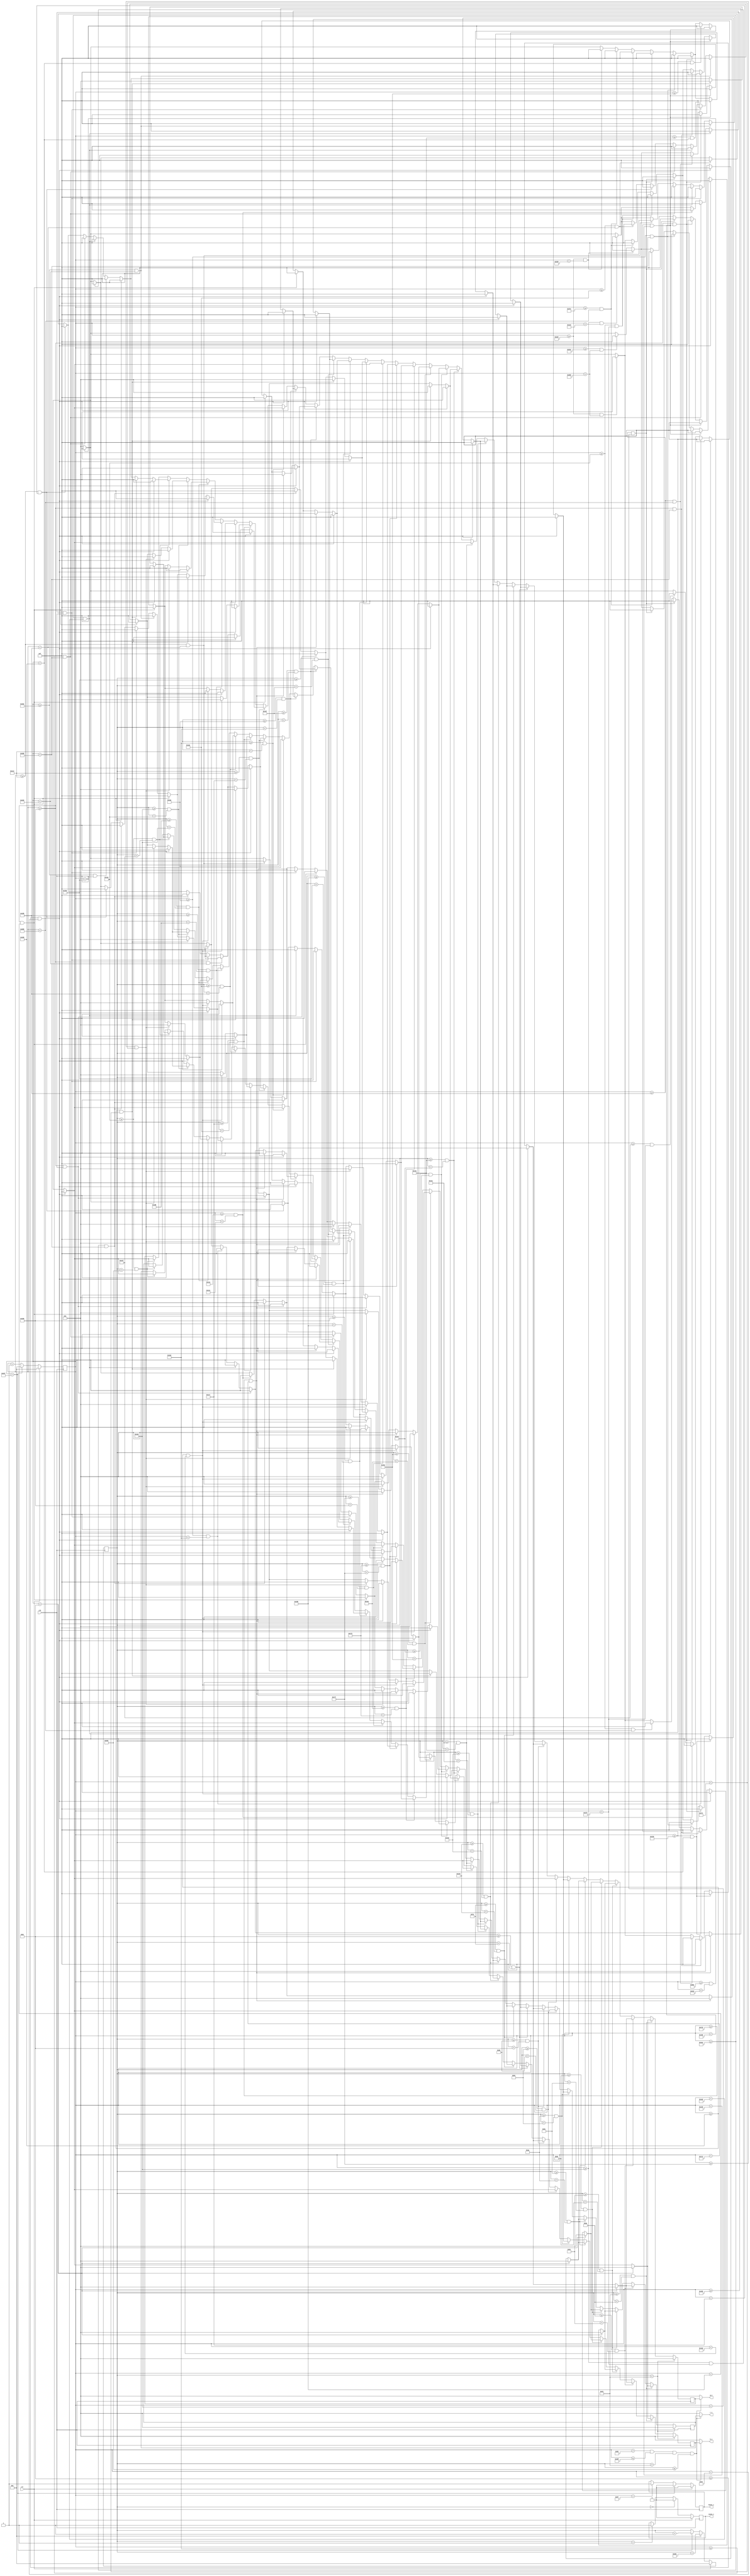
`timescale 1ns / 1ps
//////////////////////////////////////////////////////////////////////////////////
// Company: 
// Engineer: 
// 
// Design Name: 
// Module Name: vga_interface
// Project Name: 
// Target Devices: 
// Tool Versions: 
// Description: 
// 
// Dependencies: 
// 
// Revision:
// Revision 0.01 - File Created
// Additional Comments:
// 
//////////////////////////////////////////////////////////////////////////////////


module vga_interface(
input clk,clr,
output reg hsync_i,vsync_i,
output [3:0] r_i,g_i,b_i
);

reg[9:0]xsync_i,ysync_i;
reg [3:0] r_r,g_r,b_r;
wire vidon;

always @(posedge clk) 
    begin
    if (clr) begin  
      xsync_i <= 10'd0;
    end
    else if (xsync_i == 10'd799) begin
      xsync_i <= 10'd0;
    end
    else begin
      xsync_i <= xsync_i + 1;
    end
  end

always @(posedge clk ) 
  begin
    if (clr) begin
      ysync_i <= 10'd0;
    end
    else if (ysync_i == 10'd524) begin
      ysync_i <= 10'd0;
    end
    else if (xsync_i == 10'd799) begin
      ysync_i <= ysync_i + 1;
    end
  end

  always @(posedge clk ) begin
    if (clr) begin
      hsync_i <= 1'b0;
    end
    else if (xsync_i == 799) begin
      hsync_i <=1'b0;
    end
    else if (xsync_i == 95) begin
      hsync_i <= 1'b1;
    end
  end

always @(posedge clk ) begin
    if (clr) begin
      vsync_i <= 1'b0;
    end
    else if (ysync_i == 0) begin
      vsync_i <=1'b0;
    end
    else if (ysync_i == 1) begin
      vsync_i <= 1'b1;
    end
  end

assign vidon = (xsync_i > 143) && (xsync_i < 784) && (ysync_i > 34) && (ysync_i < 515);

always @ (posedge clk)
		begin
			if (ysync_i < 35)
		      begin
		          r_r <= 4'h0;   
			  b_r <= 4'h0;
			  g_r <= 4'h0;
		      end
		 else if (ysync_i >= 35 && ysync_i < 90)
		 	begin
		        	if (xsync_i < 220)
			  		begin 
						r_r <= 4'h0;    
						b_r <= 4'h0;
						g_r <= 4'h0;
					end  
		          	else if(xsync_i >= 220 && xsync_i < 230)
		                	begin
		                  		r_r <= 4'hf;   
						b_r <= 4'hf;
			  	        	g_r <= 4'hf;
					end
			   	else if(xsync_i >= 700 && xsync_i < 710)
			        	begin
				        	r_r <= 4'hf;   
						b_r <= 4'hf;
						g_r <= 4'hf;
		 			end
			   	else 
					begin 
						r_r <= 4'h0;   
						b_r <= 4'h0;
						g_r <= 4'h0;
					end		   
			 	end
			 
			 
		   else if (ysync_i >= 90 && ysync_i < 100)
			begin 
			    	if (xsync_i < 220)
					begin 
						r_r <= 4'h0;    
						b_r <= 4'h0;
						g_r <= 4'h0;
					end  
                   		else if(xsync_i >= 220 && xsync_i < 230)
		              	   begin
		                  	r_r <= 4'hf;   
					      	b_r <= 4'hf;
					      	g_r <= 4'hf;
					end
				else if (xsync_i >= 310 && xsync_i < 360)
					begin 
						r_r <= 4'hf;   
						b_r <= 4'hf;
						g_r <= 4'hf;
					end
				else if (xsync_i >= 390 && xsync_i < 440)
					begin 
						r_r <= 4'hf;   
						b_r <= 4'hf;
						g_r <= 4'hf;
					end
				else if (xsync_i >= 470 && xsync_i < 520)
					begin 
						r_r <= 4'hf;   
						b_r <= 4'hf;
						g_r <= 4'hf;
					end 	
				else if (xsync_i >= 550 && xsync_i < 600)
					begin 
						r_r <= 4'hf;   
						b_r <= 4'hf;
						g_r <= 4'hf;
					end 	
				else if(xsync_i >= 700 && xsync_i < 710)
				      	begin
				        	r_r <= 4'hf;   
					  	b_r <= 4'hf;
					   	g_r <= 4'hf;
					end
				else 
					begin 
						r_r <= 4'h0;   
						b_r <= 4'h0;
						g_r <= 4'h0;
					end	
				end  
					
		else if (ysync_i >= 100 && ysync_i < 130)
			begin 
				 if (xsync_i < 220)
					begin 
						r_r <= 4'h0;    
						b_r <= 4'h0;
						g_r <= 4'h0;
					end  
				else if(xsync_i >= 220 && xsync_i < 230)
		              		begin
		                  		r_r <= 4'hf;   
					  	b_r <= 4'hf;
					  	g_r <= 4'hf;
					end
				else if (xsync_i >= 310 && xsync_i < 320)
					begin 
						r_r <= 4'hf;   
						b_r <= 4'hf;
						g_r <= 4'hf;
					end 
				else if (xsync_i >= 390 && xsync_i < 400)
					begin 
						r_r <= 4'hf;   
						b_r <= 4'hf;
						g_r <= 4'hf;
					end
				else if (xsync_i >= 430 && xsync_i < 440)
					begin 
						r_r <= 4'hf;   
						b_r <= 4'hf;
						g_r <= 4'hf;
					end				
				else if (xsync_i >= 470 && xsync_i < 480)
					begin 
						r_r <= 4'hf;   
						b_r <= 4'hf;
						g_r <= 4'hf;
					end 
				else if (xsync_i >= 550 && xsync_i < 560)
					begin 
						r_r <= 4'hf;  
						b_r <= 4'hf;
						g_r <= 4'hf;
					end 	
				else if (xsync_i >= 590 && xsync_i < 600)
					begin 
						r_r <= 4'hf;   
						b_r <= 4'hf;
						g_r <= 4'hf;
					end 	
				else if(xsync_i >= 700 && xsync_i < 710)
				      	begin
				        	r_r <= 4'hf;   
					   	b_r <= 4'hf;
					   	g_r <= 4'hf;
					end
				else 
					begin 
						r_r <= 4'h0;   
						b_r <= 4'h0;
						g_r <= 4'h0;
					end
				end
					
		else if (ysync_i >= 130 && ysync_i < 140)
			begin 
				if (xsync_i < 220)
					begin 
						r_r <= 4'h0;    
						b_r <= 4'h0;
						g_r <= 4'h0;
					end  
				else if(xsync_i >= 220 && xsync_i < 230)
		              		begin
		                  		r_r <= 4'hf;   
					      	b_r <= 4'hf;
					      	g_r <= 4'hf;
					end
				else if (xsync_i >= 310 && xsync_i < 360)
					begin 
						r_r <= 4'hf;   
						b_r <= 4'hf;
						g_r <= 4'hf;
					end
				else if (xsync_i >= 390 && xsync_i < 440)
					begin 
						r_r <= 4'hf;   
						b_r <= 4'hf;
						g_r <= 4'hf;
					end
				else if (xsync_i >= 470 && xsync_i < 480)
					begin 
						r_r <= 4'hf;   
						b_r <= 4'hf;
						g_r <= 4'hf;
					end	
				else if (xsync_i >= 490 && xsync_i < 520)
					begin 
						r_r <= 4'hf;   
						b_r <= 4'hf;
						g_r <= 4'hf;
					end	
				else if (xsync_i >= 550 && xsync_i < 600)
					begin 
						r_r <= 4'hf;   
						b_r <= 4'hf;
						g_r <= 4'hf;
					end 
				else if(xsync_i >= 700 && xsync_i < 710)
				      	begin
				        	r_r <= 4'hf;   
					  	b_r <= 4'hf;
					   	g_r <= 4'hf;
					end	
				else 
					begin 
						r_r <= 4'h0;   
						b_r <= 4'h0;
						g_r <= 4'h0;
					end
				end
			  
		else if (ysync_i >= 140 && ysync_i < 170)
			begin 
				if (xsync_i < 220)
					begin 
						r_r <= 4'h0;    
						b_r <= 4'h0;
						g_r <= 4'h0;
					end  
				else if(xsync_i >= 220 && xsync_i < 230)
		              		begin
		                  		r_r <= 4'hf;   
					      	b_r <= 4'hf;
					      	g_r <= 4'hf;
					end
				else if (xsync_i >= 310 && xsync_i < 320)
					begin 
						r_r <= 4'hf;   
						b_r <= 4'hf;
						g_r <= 4'hf;
					end 
				else if (xsync_i >= 390 && xsync_i < 400)
					begin 
						r_r <= 4'hf;   
						b_r <= 4'hf;
						g_r <= 4'hf;
					end	
				else if (xsync_i >= 470 && xsync_i < 480)
					begin 
						r_r <= 4'hf;   
						b_r <= 4'hf;
						g_r <= 4'hf;
					end 
				else if (xsync_i >= 510 && xsync_i < 520)
					begin 
						r_r <= 4'hf;   
						b_r <= 4'hf;
						g_r <= 4'hf;
					end 
				else if (xsync_i >= 550 && xsync_i < 560)
					begin 
						r_r <= 4'hf;   
						b_r <= 4'hf;
						g_r <= 4'hf;
					end 	
				else if (xsync_i >= 590 && xsync_i < 600)
					begin 
						r_r <= 4'hf;   
						b_r <= 4'hf;
						g_r <= 4'hf;
					end	
				else if(xsync_i >= 700 && xsync_i < 710)
				      	begin
				        	r_r <= 4'hf;   
					   	b_r <= 4'hf;
					   	g_r <= 4'hf;
					end
				else 
					begin 
						r_r <= 4'h0;   
						b_r <= 4'h0;
						g_r <= 4'h0;
					end	
				end

		else if (ysync_i >= 170 && ysync_i < 180)
			begin
				if(xsync_i >= 220 && xsync_i < 230)
		                   	begin
		                     r_r <= 4'hf;   
					        b_r <= 4'hf;
					        g_r <= 4'hf;
					end
				else if (xsync_i >= 310 && xsync_i < 320)
					begin 
						r_r <= 4'hf;   
						b_r <= 4'hf;
						g_r <= 4'hf;
					end 
				else if (xsync_i >= 390 && xsync_i < 400)
					begin 
						r_r <= 4'hf;   
						b_r <= 4'hf;
						g_r <= 4'hf;
					end
			    else if(xsync_i >= 470 && xsync_i < 520)
				        begin 
						r_r <= 4'hf;   
						b_r <= 4'hf;
						g_r <= 4'hf;
					end 	
				else if (xsync_i >= 550 && xsync_i < 560)
					begin 
						r_r <= 4'hf;  
						b_r <= 4'hf;
						g_r <= 4'hf;
					end 	
				else if (xsync_i >= 590 && xsync_i < 600)
					begin 
						r_r <= 4'hf;   
						b_r <= 4'hf;
						g_r <= 4'hf;
					end 	
				 
				else if(xsync_i >= 700 && xsync_i < 710)
				      	begin
				        	r_r <= 4'hf;   
					   	b_r <= 4'hf;
					   	g_r <= 4'hf;
					end
				else 
					begin 
						r_r <= 4'h0;   
						b_r <= 4'h0;
						g_r <= 4'h0;
					end	
				end
				
		else if (ysync_i >= 180 && ysync_i < 210)
			begin
				if(xsync_i >= 220 && xsync_i < 230)
		              		begin
		                  		r_r <= 4'hf;   
						b_r <= 4'hf;
						g_r <= 4'hf;
					end
				else if(xsync_i >= 700 && xsync_i < 710)
				      	begin
				        	r_r <= 4'hf;   
					   	b_r <= 4'hf;
					   	g_r <= 4'hf;
					end
				else 
					begin 
						r_r <= 4'h0;   
						b_r <= 4'h0;
						g_r <= 4'h0;
					end	
				end
					
					
		else if (ysync_i >= 210 && ysync_i < 220)
			begin 
				if(xsync_i >= 220 && xsync_i < 230)
		              		begin
		                  		r_r <= 4'hf;   
					      	b_r <= 4'hf;
					      	g_r <= 4'hf;
					end
				else if (xsync_i >= 310 && xsync_i < 360)
					begin 
						r_r <= 4'hf;   
						b_r <= 4'hf;
						g_r <= 4'hf;
					end
				else if (xsync_i >= 390 && xsync_i < 440)
					begin 
						r_r <= 4'hf;   
						b_r <= 4'hf;
						g_r <= 4'hf;
					end 	
				else if (xsync_i >= 470 && xsync_i < 520)
					begin 
						r_r <= 4'hf;   
						b_r <= 4'hf;
						g_r <= 4'hf;
					end 
				else if (xsync_i >= 550 && xsync_i < 600)
					begin 
						r_r <= 4'hf;   
						b_r <= 4'hf;
						g_r <= 4'hf;
					end 
				else if(xsync_i >= 700 && xsync_i < 710)
				      	begin
				        	r_r <= 4'hf;   
					   	b_r <= 4'hf;
					   	g_r <= 4'hf;
					end	
				else 
					begin 
						r_r <= 4'h0;   
						b_r <= 4'h0;
						g_r <= 4'h0;
					end	
				end
  
		else if (ysync_i >= 220 && ysync_i < 250)
			begin 
				if(xsync_i >= 220 && xsync_i < 230)
		              		begin
		                  		r_r <= 4'hf;   
					      	b_r <= 4'hf;
					      	g_r <= 4'hf;
					end
				else if (xsync_i >= 310 && xsync_i < 320)
					begin 
						r_r <= 4'hf;   
						b_r <= 4'hf;
						g_r <= 4'hf;
					end 
				else if (xsync_i >= 390 && xsync_i < 400)
					begin 
						r_r <= 4'hf;   
						b_r <= 4'hf;
						g_r <= 4'hf;
					end		
				else if (xsync_i >= 430 && xsync_i < 440)
					begin 
						r_r <= 4'hf;   
						b_r <= 4'hf;
						g_r <= 4'hf;
					end 
				else if (xsync_i >= 470 && xsync_i < 480)
					begin 
						r_r <= 4'hf;   
						b_r <= 4'hf;
						g_r <= 4'hf;
					end	 
				else if (xsync_i >= 490 && xsync_i < 500)
					begin 
						r_r <= 4'hf;   
						b_r <= 4'hf;
						g_r <= 4'hf;
					end	
				else if (xsync_i >= 510 && xsync_i < 520)
					begin 
						r_r <= 4'hf;   
						b_r <= 4'hf;
						g_r <= 4'hf;
					end		
				else if (xsync_i >= 550 && xsync_i < 560)
					begin 
						r_r <= 4'hf;   
						b_r <= 4'hf;
						g_r <= 4'hf;
					end 
				else if(xsync_i >= 700 && xsync_i < 710)
					begin
				        	r_r <= 4'hf;   
					   	b_r <= 4'hf;
					   	g_r <= 4'hf;
					end	
				else 
					begin 
						r_r <= 4'h0;   
						b_r <= 4'h0;
						g_r <= 4'h0;
					end	
				end
					
		else if (ysync_i >= 250 && ysync_i < 260)
			begin 
				if(xsync_i >= 220 && xsync_i < 230)
		              		begin
		                  		r_r <= 4'hf;   
					      	b_r <= 4'hf;
					      	g_r <= 4'hf;
					end
				else if (xsync_i >= 310 && xsync_i < 320)
					begin 
						r_r <= 4'hf;   
						b_r <= 4'hf;
						g_r <= 4'hf;
					end
				else if (xsync_i >= 330 && xsync_i < 360)
					begin 
						r_r <= 4'hf;   
						b_r <= 4'hf;
						g_r <= 4'hf;
					end	
				else if (xsync_i >= 390 && xsync_i < 440)
					begin 
						r_r <= 4'hf;   
						b_r <= 4'hf;
						g_r <= 4'hf;
					end
				else if (xsync_i >= 470 && xsync_i < 480)
					begin 
						r_r <= 4'hf;   
						b_r <= 4'hf;
						g_r <= 4'hf;
					end
				else if (xsync_i >= 490 && xsync_i < 500)
					begin 
						r_r <= 4'hf;   
						b_r <= 4'hf;
						g_r <= 4'hf;
					end	
				else if (xsync_i >= 510 && xsync_i < 520)
					begin 
						r_r <= 4'hf;   
						b_r <= 4'hf;
						g_r <= 4'hf;
					end	
				else if (xsync_i >= 550 && xsync_i < 600)
					begin 
						r_r <= 4'hf;   
						b_r <= 4'hf;
						g_r <= 4'hf;
					end 	
				else if(xsync_i >= 700 && xsync_i < 710)
				      	begin
				        	r_r <= 4'hf;   
					   	b_r <= 4'hf;
					   	g_r <= 4'hf;
					end
				else 
					begin 
						r_r <= 4'h0;   
						b_r <= 4'h0;
						g_r <= 4'h0;
					end
				end
			  
		else if (ysync_i >= 260 && ysync_i < 290)
			begin 
				if(xsync_i >= 220 && xsync_i < 230)
		              		begin
		                  		r_r <= 4'hf;   
					      	b_r <= 4'hf;
					      	g_r <= 4'hf;
					end
				else if (xsync_i >= 310 && xsync_i < 320)
					begin 
						r_r <= 4'hf;   
						b_r <= 4'hf;
						g_r <= 4'hf;
					end 
				else if (xsync_i >= 350 && xsync_i < 360)
					begin 
						r_r <= 4'hf;   
						b_r <= 4'hf;
						g_r <= 4'hf;
					end 	
				else if (xsync_i >= 390 && xsync_i < 400)
					begin 
						r_r <= 4'hf;   
						b_r <= 4'hf;
						g_r <= 4'hf;
					end	
				else if (xsync_i >= 430 && xsync_i < 440)
					begin 
						r_r <= 4'hf;   
						b_r <= 4'hf;
						g_r <= 4'hf;
					end		
				else if (xsync_i >= 470 && xsync_i < 480)
					begin 
						r_r <= 4'hf;   
						b_r <= 4'hf;
						g_r <= 4'hf;
					end
				else if (xsync_i >= 490 && xsync_i < 500)
					begin 
						r_r <= 4'hf;   
						b_r <= 4'hf;
						g_r <= 4'hf;
					end	
				else if (xsync_i >= 510 && xsync_i < 520)
					begin 
						r_r <= 4'hf;   
						b_r <= 4'hf;
						g_r <= 4'hf;
					end				
				else if (xsync_i >= 550 && xsync_i < 560)
					begin 
						r_r <= 4'hf;   
						b_r <= 4'hf;
						g_r <= 4'hf;
					end 
				else if(xsync_i >= 700 && xsync_i < 710)
				      	begin
				        	r_r <= 4'hf;   
					    	b_r <= 4'hf;
					    	g_r <= 4'hf;
					end
				else 
					begin 
						r_r <= 4'h0;   
						b_r <= 4'h0;
						g_r <= 4'h0;
					end	
				end
					
		else if (ysync_i >= 290 && ysync_i < 300)
			begin
				if(xsync_i >= 220 && xsync_i < 230)
		              		begin
		                  		r_r <= 4'hf;   
					      	b_r <= 4'hf;
					      	g_r <= 4'hf;
					end
				else if(xsync_i >= 310 && xsync_i < 360)
				        begin 
						r_r <= 4'hf;   
						b_r <= 4'hf;
						g_r <= 4'hf;
					end 
				else if(xsync_i >= 390 && xsync_i < 400)
				        begin 
						r_r <= 4'hf;   
						b_r <= 4'hf;
						g_r <= 4'hf;
					end
				else if(xsync_i >= 430 && xsync_i < 440)
				        begin 
						r_r <= 4'hf;   
						b_r <= 4'hf;
						g_r <= 4'hf;
					end
				else if(xsync_i >= 470 && xsync_i < 480)
				        begin 
						r_r <= 4'hf;   
						b_r <= 4'hf;
						g_r <= 4'hf;
					end
				else if(xsync_i >= 490 && xsync_i < 500)
				        begin 
						r_r <= 4'hf;   
						b_r <= 4'hf;
						g_r <= 4'hf;
					end
				else if(xsync_i >= 510 && xsync_i < 520)
				        begin 
						r_r <= 4'hf;   
						b_r <= 4'hf;
						g_r <= 4'hf;
					end
				else if(xsync_i >= 550 && xsync_i < 600)
				        begin 
						r_r <= 4'hf;   
						b_r <= 4'hf;
						g_r <= 4'hf;
					end
				else if(xsync_i >= 700 && xsync_i < 710)
				      	begin
				        	r_r <= 4'hf;   
					    	b_r <= 4'hf;
					    	g_r <= 4'hf;
					end
				else 
					begin 
						r_r <= 4'h0;   
						b_r <= 4'h0;
						g_r <= 4'h0;
					end	
				end  
		
		else if (ysync_i >= 300 && ysync_i < 330)
			begin
			      if(xsync_i >= 220 && xsync_i < 230)
		              		begin
		                  		r_r <= 4'hf;   
					      	b_r <= 4'hf;
					      	g_r <= 4'hf;
					end
				   else if(xsync_i >= 700 && xsync_i < 710)
				      	begin
				        	r_r <= 4'hf;   
					    	b_r <= 4'hf;
					    	g_r <= 4'hf;
					end
				else 
					begin 
						r_r <= 4'h0;   
						b_r <= 4'h0;
						g_r <= 4'h0;
					end	
				end	
					
		else if (ysync_i >= 330 && ysync_i < 335)
			begin
			     if(xsync_i >= 220 && xsync_i < 230)
		              		begin
		                  		r_r <= 4'hf;   
					      	b_r <= 4'hf;
					      	g_r <= 4'hf;
					end
				else if(xsync_i >= 360 && xsync_i < 380)
		              		begin
		                  	r_r <= 4'hf;   
					      	b_r <= 4'h0;
					      	g_r <= 4'h0;
					end
				else if(xsync_i >= 390 && xsync_i < 410)
				        begin 
						r_r <= 4'hf;   
						b_r <= 4'hf;
						g_r <= 4'hf;
					end 
				else if(xsync_i >= 420 && xsync_i < 440)
				        begin 
						r_r <= 4'hf;   
						b_r <= 4'hf;
						g_r <= 4'hf;
					end
				else if(xsync_i >= 450 && xsync_i < 470)
				        begin 
						r_r <= 4'hf;   
						b_r <= 4'hf;
						g_r <= 4'hf;
					end
				else if(xsync_i >= 700 && xsync_i < 710)
				      	begin
				        	r_r <= 4'hf;   
					    	b_r <= 4'hf;
					    	g_r <= 4'hf;
					end
				else 
					begin 
						r_r <= 4'h0;   
						b_r <= 4'h0;
						g_r <= 4'h0;
					end	
				end  	
		
		else if (ysync_i >= 335 && ysync_i < 350)
			begin
			      if(xsync_i >= 220 && xsync_i < 230)
		              		begin
		                  		r_r <= 4'hf;   
					      	b_r <= 4'hf;
					      	g_r <= 4'hf;
					end
				else if(xsync_i >= 360 && xsync_i < 365)
		              		begin
		                  	r_r <= 4'hf;   
					      	b_r <= 4'h0;
					      	g_r <= 4'h0;
					end
				else if(xsync_i >= 368 && xsync_i < 372)
				        begin 
						r_r <= 4'hf;   
						b_r <= 4'h0;
						g_r <= 4'h0;
					end 
				else if(xsync_i >= 375 && xsync_i < 380)
				        begin 
						r_r <= 4'hf;   
						b_r <= 4'h0;
						g_r <= 4'h0;
					end
				else if(xsync_i >= 390 && xsync_i < 395)
				        begin 
						r_r <= 4'hf;   
						b_r <= 4'hf;
						g_r <= 4'hf;
					end
				else if(xsync_i >= 405 && xsync_i < 410)
				        begin 
						r_r <= 4'hf;   
						b_r <= 4'hf;
						g_r <= 4'hf;
					end
				else if(xsync_i >= 435 && xsync_i < 440)
				        begin 
						r_r <= 4'hf;   
						b_r <= 4'hf;
						g_r <= 4'hf;
					end
				else if(xsync_i >= 450 && xsync_i < 455)
				        begin 
						r_r <= 4'hf;   
						b_r <= 4'hf;
						g_r <= 4'hf;
					end
				else if(xsync_i >= 700 && xsync_i < 710)
				      	begin
				        	r_r <= 4'hf;   
					    	b_r <= 4'hf;
					    	g_r <= 4'hf;
					end
				else 
					begin 
						r_r <= 4'h0;   
						b_r <= 4'h0;
						g_r <= 4'h0;
					end	
				end  	
		
				else if (ysync_i >= 350 && ysync_i < 355)
			begin
			      if(xsync_i >= 220 && xsync_i < 230)
		              		begin
		                  		r_r <= 4'hf;   
					      	b_r <= 4'hf;
					      	g_r <= 4'hf;
					end
				else if(xsync_i >= 360 && xsync_i < 365)
		              		begin
		                  	r_r <= 4'hf;   
					      	b_r <= 4'h0;
					      	g_r <= 4'h0;
					end
				else if(xsync_i >= 368 && xsync_i < 372)
				        begin 
						r_r <= 4'hf;   
						b_r <= 4'h0;
						g_r <= 4'h0;
					end 
				else if(xsync_i >= 375 && xsync_i < 380)
				        begin 
						r_r <= 4'hf;   
						b_r <= 4'h0;
						g_r <= 4'h0;
					end
				else if(xsync_i >= 390 && xsync_i < 410)
				        begin 
						r_r <= 4'hf;   
						b_r <= 4'hf;
						g_r <= 4'hf;
					end
				else if(xsync_i >= 420 && xsync_i < 440)
				        begin 
						r_r <= 4'hf;   
						b_r <= 4'hf;
						g_r <= 4'hf;
					end
				else if(xsync_i >= 450 && xsync_i < 470)
				        begin 
						r_r <= 4'hf;   
						b_r <= 4'hf;
						g_r <= 4'hf;
					end
				else if(xsync_i >= 700 && xsync_i < 710)
				      	begin
				        	r_r <= 4'hf;   
					    	b_r <= 4'hf;
					    	g_r <= 4'hf;
					end
				else 
					begin 
						r_r <= 4'h0;   
						b_r <= 4'h0;
						g_r <= 4'h0;
					end	
				end  	
		
				else if (ysync_i >= 355 && ysync_i < 370)
			begin
			      if(xsync_i >= 220 && xsync_i < 230)
		              		begin
		                  		r_r <= 4'hf;   
					      	b_r <= 4'hf;
					      	g_r <= 4'hf;
					end
				else if(xsync_i >= 360 && xsync_i < 365)
		              		begin
		                  	r_r <= 4'hf;   
					      	b_r <= 4'h0;
					      	g_r <= 4'h0;
					end
				else if(xsync_i >= 368 && xsync_i < 372)
				        begin 
						r_r <= 4'hf;   
						b_r <= 4'h0;
						g_r <= 4'h0;
					end 
				else if(xsync_i >= 375 && xsync_i < 380)
				        begin 
						r_r <= 4'hf;   
						b_r <= 4'h0;
						g_r <= 4'h0;
					end
				else if(xsync_i >= 390 && xsync_i < 395)
				        begin 
						r_r <= 4'hf;   
						b_r <= 4'hf;
						g_r <= 4'hf;
					end
				else if(xsync_i >= 405 && xsync_i < 410)
				        begin 
						r_r <= 4'hf;   
						b_r <= 4'hf;
						g_r <= 4'hf;
					end
				else if(xsync_i >= 420 && xsync_i < 425)
				        begin 
						r_r <= 4'hf;   
						b_r <= 4'hf;
						g_r <= 4'hf;
					end
				else if(xsync_i >= 450 && xsync_i < 455)
				        begin 
						r_r <= 4'hf;   
						b_r <= 4'hf;
						g_r <= 4'hf;
					end
				else if(xsync_i >= 700 && xsync_i < 710)
				      	begin
				        	r_r <= 4'hf;   
					    	b_r <= 4'hf;
					    	g_r <= 4'hf;
					end
				else 
					begin 
						r_r <= 4'h0;   
						b_r <= 4'h0;
						g_r <= 4'h0;
					end	
				end  	
		
				else if (ysync_i >= 370 && ysync_i < 375)
			begin
			      if(xsync_i >= 220 && xsync_i < 230)
		              		begin
		                  		r_r <= 4'hf;   
					      	b_r <= 4'hf;
					      	g_r <= 4'hf;
					end
				else if(xsync_i >= 360 && xsync_i < 365)
		              		begin
		                  	r_r <= 4'hf;   
					      	b_r <= 4'h0;
					      	g_r <= 4'h0;
					end
				else if(xsync_i >= 368 && xsync_i < 372)
				        begin 
						r_r <= 4'hf;   
						b_r <= 4'h0;
						g_r <= 4'h0;
					end 
				else if(xsync_i >= 375 && xsync_i < 380)
				        begin 
						r_r <= 4'hf;   
						b_r <= 4'h0;
						g_r <= 4'h0;
					end
				else if(xsync_i >= 390 && xsync_i < 395)
				        begin 
						r_r <= 4'hf;   
						b_r <= 4'hf;
						g_r <= 4'hf;
					end
				else if(xsync_i >= 405 && xsync_i < 410)
				        begin 
						r_r <= 4'hf;   
						b_r <= 4'hf;
						g_r <= 4'hf;
					end
				else if(xsync_i >= 420 && xsync_i < 440)
				        begin 
						r_r <= 4'hf;   
						b_r <= 4'hf;
						g_r <= 4'hf;
					end
				else if(xsync_i >= 450 && xsync_i < 470)
				        begin 
						r_r <= 4'hf;   
						b_r <= 4'hf;
						g_r <= 4'hf;
					end
				else if(xsync_i >= 700 && xsync_i < 710)
				      	begin
				        	r_r <= 4'hf;   
					    	b_r <= 4'hf;
					    	g_r <= 4'hf;
					end
				else 
					begin 
						r_r <= 4'h0;   
						b_r <= 4'h0;
						g_r <= 4'h0;
					end	
				end 
				else if (ysync_i >= 375 && ysync_i < 390)
			begin
			      if(xsync_i >= 220 && xsync_i < 230)
		              		begin
		                  		r_r <= 4'hf;   
					      	b_r <= 4'hf;
					      	g_r <= 4'hf;
					end
				   else if(xsync_i >= 700 && xsync_i < 710)
				      	begin
				        	r_r <= 4'hf;   
					    	b_r <= 4'hf;
					    	g_r <= 4'hf;
					end
				else 
					begin 
						r_r <= 4'h0;   
						b_r <= 4'h0;
						g_r <= 4'h0;
					end	
				end 	
		
				else if (ysync_i >= 390 && ysync_i < 395)
			begin
			      if(xsync_i >= 220 && xsync_i < 230)
		              		begin
		                  		r_r <= 4'hf;   
					      	b_r <= 4'hf;
					      	g_r <= 4'hf;
					end
				else if(xsync_i >= 360 && xsync_i < 380)
		              		begin
		                  	r_r <= 4'h0;   
					      	b_r <= 4'hf;
					      	g_r <= 4'h0;
					end
				else if(xsync_i >= 390 && xsync_i < 410)
				        begin 
						r_r <= 4'hf;   
						b_r <= 4'hf;
						g_r <= 4'hf;
					end 
				else if(xsync_i >= 420 && xsync_i < 440)
				        begin 
						r_r <= 4'hf;   
						b_r <= 4'hf;
						g_r <= 4'hf;
					end
				else if(xsync_i >= 450 && xsync_i < 470)
				        begin 
						r_r <= 4'hf;   
						b_r <= 4'hf;
						g_r <= 4'hf;
					end
				else if(xsync_i >= 480 && xsync_i < 500)
				        begin 
						r_r <= 4'hf;   
						b_r <= 4'hf;
						g_r <= 4'hf;
					end
				else if(xsync_i >= 700 && xsync_i < 710)
				      	begin
				        	r_r <= 4'hf;   
					    	b_r <= 4'hf;
					    	g_r <= 4'hf;
					end
				else 
					begin 
						r_r <= 4'h0;   
						b_r <= 4'h0;
						g_r <= 4'h0;
					end	
				end
				
				else if (ysync_i >= 395 && ysync_i < 410)
			begin
			      if(xsync_i >= 220 && xsync_i < 230)
		              		begin
		                  		r_r <= 4'hf;   
					      	b_r <= 4'hf;
					      	g_r <= 4'hf;
					end
				else if(xsync_i >= 368 && xsync_i < 372)
				        begin 
						r_r <= 4'h0;   
						b_r <= 4'hf;
						g_r <= 4'h0;
					end 
				else if(xsync_i >= 390 && xsync_i < 395)
				        begin 
						r_r <= 4'hf;   
						b_r <= 4'hf;
						g_r <= 4'hf;
					end
				else if(xsync_i >= 420 && xsync_i < 425)
				        begin 
						r_r <= 4'hf;   
						b_r <= 4'hf;
						g_r <= 4'hf;
					end
				else if(xsync_i >= 435 && xsync_i < 440)
				        begin 
						r_r <= 4'hf;   
						b_r <= 4'hf;
						g_r <= 4'hf;
					end
				else if(xsync_i >= 458 && xsync_i < 462)
				        begin 
						r_r <= 4'hf;   
						b_r <= 4'hf;
						g_r <= 4'hf;
					end
				else if(xsync_i >= 480 && xsync_i < 485)
				        begin 
						r_r <= 4'hf;   
						b_r <= 4'hf;
						g_r <= 4'hf;
					end
				else if(xsync_i >= 700 && xsync_i < 710)
				      	begin
				        	r_r <= 4'hf;   
					    	b_r <= 4'hf;
					    	g_r <= 4'hf;
					end
				else 
					begin 
						r_r <= 4'h0;   
						b_r <= 4'h0;
						g_r <= 4'h0;
					end	
				end 
				
		else if (ysync_i >= 410 && ysync_i < 415)
			begin
			      if(xsync_i >= 220 && xsync_i < 230)
		              		begin
		                  		r_r <= 4'hf;   
					      	b_r <= 4'hf;
					      	g_r <= 4'hf;
					end
				else if(xsync_i >= 368 && xsync_i < 372)
				        begin 
						r_r <= 4'h0;   
						b_r <= 4'hf;
						g_r <= 4'h0;
					end 
				else if(xsync_i >= 390 && xsync_i < 410)
				        begin 
						r_r <= 4'hf;   
						b_r <= 4'hf;
						g_r <= 4'hf;
					end
				else if(xsync_i >= 420 && xsync_i < 440)
				        begin 
						r_r <= 4'hf;   
						b_r <= 4'hf;
						g_r <= 4'hf;
					end
				else if(xsync_i >= 458 && xsync_i < 462)
				        begin 
						r_r <= 4'hf;   
						b_r <= 4'hf;
						g_r <= 4'hf;
					end
				else if(xsync_i >= 480 && xsync_i < 500)
				        begin 
						r_r <= 4'hf;   
						b_r <= 4'hf;
						g_r <= 4'hf;
					end
				else if(xsync_i >= 700 && xsync_i < 710)
				      	begin
				        	r_r <= 4'hf;   
					    	b_r <= 4'hf;
					    	g_r <= 4'hf;
					end
				else 
					begin 
						r_r <= 4'h0;   
						b_r <= 4'h0;
						g_r <= 4'h0;
					end	
				end  	  	 	  	
		
		else if (ysync_i >= 415 && ysync_i < 430)
			begin
			      if(xsync_i >= 220 && xsync_i < 230)
		              		begin
		                  		r_r <= 4'hf;   
					      	b_r <= 4'hf;
					      	g_r <= 4'hf;
					end
				else if(xsync_i >= 368 && xsync_i < 372)
				        begin 
						r_r <= 4'h0;   
						b_r <= 4'hf;
						g_r <= 4'h0;
					end 
				else if(xsync_i >= 390 && xsync_i < 395)
				        begin 
						r_r <= 4'hf;   
						b_r <= 4'hf;
						g_r <= 4'hf;
					end
				else if(xsync_i >= 420 && xsync_i < 425)
				        begin 
						r_r <= 4'hf;   
						b_r <= 4'hf;
						g_r <= 4'hf;
					end
				else if(xsync_i >= 430 && xsync_i < 435)
				        begin 
						r_r <= 4'hf;   
						b_r <= 4'hf;
						g_r <= 4'hf;
					end
				else if(xsync_i >= 458 && xsync_i < 462)
				        begin 
						r_r <= 4'hf;   
						b_r <= 4'hf;
						g_r <= 4'hf;
					end
				else if(xsync_i >= 495 && xsync_i < 500)
				        begin 
						r_r <= 4'hf;   
						b_r <= 4'hf;
						g_r <= 4'hf;
					end
				else if(xsync_i >= 700 && xsync_i < 710)
				      	begin
				        	r_r <= 4'hf;   
					    	b_r <= 4'hf;
					    	g_r <= 4'hf;
					end
				else 
					begin 
						r_r <= 4'h0;   
						b_r <= 4'h0;
						g_r <= 4'h0;
					end	
				end  	  	
		
		else if (ysync_i >= 430 && ysync_i < 435)
			begin
			      if(xsync_i >= 220 && xsync_i < 230)
		              		begin
		                  		r_r <= 4'hf;   
					      	b_r <= 4'hf;
					      	g_r <= 4'hf;
					end
				else if(xsync_i >= 368 && xsync_i < 372)
				        begin 
						r_r <= 4'h0;   
						b_r <= 4'hf;
						g_r <= 4'h0;
					end 
				else if(xsync_i >= 390 && xsync_i < 410)
				        begin 
						r_r <= 4'hf;   
						b_r <= 4'hf;
						g_r <= 4'hf;
					end
				else if(xsync_i >= 420 && xsync_i < 425)
				        begin 
						r_r <= 4'hf;   
						b_r <= 4'hf;
						g_r <= 4'hf;
					end
				else if(xsync_i >= 430 && xsync_i < 435)
				        begin 
						r_r <= 4'hf;   
						b_r <= 4'hf;
						g_r <= 4'hf;
					end
				else if(xsync_i >= 450 && xsync_i < 470)
				        begin 
						r_r <= 4'hf;   
						b_r <= 4'hf;
						g_r <= 4'hf;
					end
				else if(xsync_i >= 480 && xsync_i < 500)
				        begin 
						r_r <= 4'hf;   
						b_r <= 4'hf;
						g_r <= 4'hf;
					end
				else if(xsync_i >= 700 && xsync_i < 710)
				      	begin
				        	r_r <= 4'hf;   
					    	b_r <= 4'hf;
					    	g_r <= 4'hf;
					end
				else 
					begin 
						r_r <= 4'h0;   
						b_r <= 4'h0;
						g_r <= 4'h0;
					end	
				end  	  	
		
		else if (ysync_i >= 435 && ysync_i < 450)
			begin
			      if(xsync_i >= 220 && xsync_i < 230)
		              		begin
		                  		r_r <= 4'hf;   
					      	b_r <= 4'hf;
					      	g_r <= 4'hf;
					end
				   else if(xsync_i >= 700 && xsync_i < 710)
				      	begin
				        	r_r <= 4'hf;   
					    	b_r <= 4'hf;
					    	g_r <= 4'hf;
					end
				else 
					begin 
						r_r <= 4'h0;   
						b_r <= 4'h0;
						g_r <= 4'h0;
					end	
				end
		else if (ysync_i >= 450 && ysync_i < 455)
			begin
			      if(xsync_i >= 220 && xsync_i < 230)
		              		begin
		                  		r_r <= 4'hf;   
					      	b_r <= 4'hf;
					      	g_r <= 4'hf;
					end
				else if(xsync_i >= 360 && xsync_i < 380)
				        begin 
						r_r <= 4'h0;   
						b_r <= 4'h0;
						g_r <= 4'hf;
					end 
				else if(xsync_i >= 390 && xsync_i < 402)
				        begin 
						r_r <= 4'hf;   
						b_r <= 4'hf;
						g_r <= 4'hf;
					end
				else if(xsync_i >= 405 && xsync_i < 410)
				        begin 
						r_r <= 4'hf;   
						b_r <= 4'hf;
						g_r <= 4'hf;
					end
				else if(xsync_i >= 420 && xsync_i < 440)
				        begin 
						r_r <= 4'hf;   
						b_r <= 4'hf;
						g_r <= 4'hf;
					end
				else if(xsync_i >= 450 && xsync_i < 455)
				        begin 
						r_r <= 4'hf;   
						b_r <= 4'hf;
						g_r <= 4'hf;
					end
				else if(xsync_i >= 465 && xsync_i < 470)
				        begin 
						r_r <= 4'hf;   
						b_r <= 4'hf;
						g_r <= 4'hf;
					end
				else if(xsync_i >= 480 && xsync_i < 500)
				        begin 
						r_r <= 4'hf;   
						b_r <= 4'hf;
						g_r <= 4'hf;
					end
				else if(xsync_i >= 700 && xsync_i < 710)
				      	begin
				        	r_r <= 4'hf;   
					    	b_r <= 4'hf;
					    	g_r <= 4'hf;
					end
				else 
					begin 
						r_r <= 4'h0;   
						b_r <= 4'h0;
						g_r <= 4'h0;
					end	
				end  	  	
		
		
				
		else if (ysync_i >= 455 && ysync_i < 465)
			begin
			      if(xsync_i >= 220 && xsync_i < 230)
		              		begin
		                  		r_r <= 4'hf;   
					      	b_r <= 4'hf;
					      	g_r <= 4'hf;
					end
				else if(xsync_i >= 360 && xsync_i < 365)
				        begin 
						r_r <= 4'h0;   
						b_r <= 4'h0;
						g_r <= 4'hf;
					end 
				else if(xsync_i >= 390 && xsync_i < 395)
				        begin 
						r_r <= 4'hf;   
						b_r <= 4'hf;
						g_r <= 4'hf;
					end
				else if(xsync_i >= 398 && xsync_i < 402)
				        begin 
						r_r <= 4'hf;   
						b_r <= 4'hf;
						g_r <= 4'hf;
					end
				else if(xsync_i >= 405 && xsync_i < 410)
				        begin 
						r_r <= 4'hf;   
						b_r <= 4'hf;
						g_r <= 4'hf;
					end
				else if(xsync_i >= 420 && xsync_i < 425)
				        begin 
						r_r <= 4'hf;   
						b_r <= 4'hf;
						g_r <= 4'hf;
					end
				else if(xsync_i >= 435 && xsync_i < 440)
				        begin 
						r_r <= 4'hf;   
						b_r <= 4'hf;
						g_r <= 4'hf;
					end
				else if(xsync_i >= 450 && xsync_i < 455)
				        begin 
						r_r <= 4'hf;   
						b_r <= 4'hf;
						g_r <= 4'hf;
					end
				else if(xsync_i >= 465 && xsync_i < 470)
				        begin 
						r_r <= 4'hf;   
						b_r <= 4'hf;
						g_r <= 4'hf;
					end
				else if(xsync_i >= 480 && xsync_i < 485)
				        begin 
						r_r <= 4'hf;   
						b_r <= 4'hf;
						g_r <= 4'hf;
					end
				else if(xsync_i >= 700 && xsync_i < 710)
				      	begin
				        	r_r <= 4'hf;   
					    	b_r <= 4'hf;
					    	g_r <= 4'hf;
					end
				else 
					begin 
						r_r <= 4'h0;   
						b_r <= 4'h0;
						g_r <= 4'h0;
					end	
				end  	
		
		else if (ysync_i >= 465 && ysync_i < 470)
			begin
			      if(xsync_i >= 220 && xsync_i < 230)
		              		begin
		                  		r_r <= 4'hf;   
					      	b_r <= 4'hf;
					      	g_r <= 4'hf;
					end
				else if(xsync_i >= 360 && xsync_i < 365)
				        begin 
						r_r <= 4'h0;   
						b_r <= 4'h0;
						g_r <= 4'hf;
					end 
				else if(xsync_i >= 390 && xsync_i < 395)
				        begin 
						r_r <= 4'hf;   
						b_r <= 4'hf;
						g_r <= 4'hf;
					end
				else if(xsync_i >= 398 && xsync_i < 402)
				        begin 
						r_r <= 4'hf;   
						b_r <= 4'hf;
						g_r <= 4'hf;
					end
				else if(xsync_i >= 405 && xsync_i < 410)
				        begin 
						r_r <= 4'hf;   
						b_r <= 4'hf;
						g_r <= 4'hf;
					end
				else if(xsync_i >= 420 && xsync_i < 425)
				        begin 
						r_r <= 4'hf;   
						b_r <= 4'hf;
						g_r <= 4'hf;
					end
				else if(xsync_i >= 435 && xsync_i < 440)
				        begin 
						r_r <= 4'hf;   
						b_r <= 4'hf;
						g_r <= 4'hf;
					end
				else if(xsync_i >= 450 && xsync_i < 470)
				        begin 
						r_r <= 4'hf;   
						b_r <= 4'hf;
						g_r <= 4'hf;
					end
				else if(xsync_i >= 480 && xsync_i < 485)
				        begin 
						r_r <= 4'hf;   
						b_r <= 4'hf;
						g_r <= 4'hf;
					end
				else if(xsync_i >= 700 && xsync_i < 710)
				      	begin
				        	r_r <= 4'hf;   
					    	b_r <= 4'hf;
					    	g_r <= 4'hf;
					end
				else 
					begin 
						r_r <= 4'h0;   
						b_r <= 4'h0;
						g_r <= 4'h0;
					end	
				end  	
		
		else if (ysync_i >= 470 && ysync_i < 475)
			begin
			      if(xsync_i >= 220 && xsync_i < 230)
		              		begin
		                  		r_r <= 4'hf;   
					      	b_r <= 4'hf;
					      	g_r <= 4'hf;
					end
				else if(xsync_i >= 360 && xsync_i < 380)
				        begin 
						r_r <= 4'h0;   
						b_r <= 4'h0;
						g_r <= 4'hf;
					end 
				else if(xsync_i >= 390 && xsync_i < 395)
				        begin 
						r_r <= 4'hf;   
						b_r <= 4'hf;
						g_r <= 4'hf;
					end
				else if(xsync_i >= 398 && xsync_i < 402)
				        begin 
						r_r <= 4'hf;   
						b_r <= 4'hf;
						g_r <= 4'hf;
					end
				else if(xsync_i >= 405 && xsync_i < 410)
				        begin 
						r_r <= 4'hf;   
						b_r <= 4'hf;
						g_r <= 4'hf;
					end
				else if(xsync_i >= 420 && xsync_i < 440)
				        begin 
						r_r <= 4'hf;   
						b_r <= 4'hf;
						g_r <= 4'hf;
					end
				else if(xsync_i >= 450 && xsync_i < 455)
				        begin 
						r_r <= 4'hf;   
						b_r <= 4'hf;
						g_r <= 4'hf;
					end
				else if(xsync_i >= 480 && xsync_i < 500)
				        begin 
						r_r <= 4'hf;   
						b_r <= 4'hf;
						g_r <= 4'hf;
					end
				else if(xsync_i >= 700 && xsync_i < 710)
				      	begin
				        	r_r <= 4'hf;   
					    	b_r <= 4'hf;
					    	g_r <= 4'hf;
					end
				else 
					begin 
						r_r <= 4'h0;   
						b_r <= 4'h0;
						g_r <= 4'h0;
					end	
				end  	
		
		else if (ysync_i >= 475 && ysync_i < 480)
			begin
			      if(xsync_i >= 220 && xsync_i < 230)
		              		begin
		                  		r_r <= 4'hf;   
					      	b_r <= 4'hf;
					      	g_r <= 4'hf;
					end
				else if(xsync_i >= 375 && xsync_i < 380)
				        begin 
						r_r <= 4'h0;   
						b_r <= 4'h0;
						g_r <= 4'hf;
					end 
				else if(xsync_i >= 390 && xsync_i < 395)
				        begin 
						r_r <= 4'hf;   
						b_r <= 4'hf;
						g_r <= 4'hf;
					end
				else if(xsync_i >= 398 && xsync_i < 402)
				        begin 
						r_r <= 4'hf;   
						b_r <= 4'hf;
						g_r <= 4'hf;
					end
				else if(xsync_i >= 405 && xsync_i < 410)
				        begin 
						r_r <= 4'hf;   
						b_r <= 4'hf;
						g_r <= 4'hf;
					end
				else if(xsync_i >= 420 && xsync_i < 425)
				        begin 
						r_r <= 4'hf;   
						b_r <= 4'hf;
						g_r <= 4'hf;
					end
				else if(xsync_i >= 435 && xsync_i < 440)
				        begin 
						r_r <= 4'hf;   
						b_r <= 4'hf;
						g_r <= 4'hf;
					end
				else if(xsync_i >= 450 && xsync_i < 470)
				        begin 
						r_r <= 4'hf;   
						b_r <= 4'hf;
						g_r <= 4'hf;
					end
				else if(xsync_i >= 480 && xsync_i < 485)
				        begin 
						r_r <= 4'hf;   
						b_r <= 4'hf;
						g_r <= 4'hf;
					end
				else if(xsync_i >= 700 && xsync_i < 710)
				      	begin
				        	r_r <= 4'hf;   
					    	b_r <= 4'hf;
					    	g_r <= 4'hf;
					end
				else 
					begin 
						r_r <= 4'h0;   
						b_r <= 4'h0;
						g_r <= 4'h0;
					end	
				end  	
		
		else if (ysync_i >= 480 && ysync_i < 490)
			begin
			      if(xsync_i >= 220 && xsync_i < 230)
		              		begin
		                  		r_r <= 4'hf;   
					      	b_r <= 4'hf;
					      	g_r <= 4'hf;
					end
				else if(xsync_i >= 375 && xsync_i < 380)
				        begin 
						r_r <= 4'h0;   
						b_r <= 4'h0;
						g_r <= 4'hf;
					end 
				else if(xsync_i >= 390 && xsync_i < 395)
				        begin 
						r_r <= 4'hf;   
						b_r <= 4'hf;
						g_r <= 4'hf;
					end
				else if(xsync_i >= 398 && xsync_i < 402)
				        begin 
						r_r <= 4'hf;   
						b_r <= 4'hf;
						g_r <= 4'hf;
					end
				else if(xsync_i >= 405 && xsync_i < 410)
				        begin 
						r_r <= 4'hf;   
						b_r <= 4'hf;
						g_r <= 4'hf;
					end
				else if(xsync_i >= 420 && xsync_i < 425)
				        begin 
						r_r <= 4'hf;   
						b_r <= 4'hf;
						g_r <= 4'hf;
					end
				else if(xsync_i >= 435 && xsync_i < 440)
				        begin 
						r_r <= 4'hf;   
						b_r <= 4'hf;
						g_r <= 4'hf;
					end
				else if(xsync_i >= 450 && xsync_i < 455)
				        begin 
						r_r <= 4'hf;   
						b_r <= 4'hf;
						g_r <= 4'hf;
					end
				else if(xsync_i >= 465 && xsync_i < 470)
				        begin 
						r_r <= 4'hf;   
						b_r <= 4'hf;
						g_r <= 4'hf;
					end
				else if(xsync_i >= 480 && xsync_i < 485)
				        begin 
						r_r <= 4'hf;   
						b_r <= 4'hf;
						g_r <= 4'hf;
					end
				else if(xsync_i >= 700 && xsync_i < 710)
				      	begin
				        	r_r <= 4'hf;   
					    	b_r <= 4'hf;
					    	g_r <= 4'hf;
					end
				else 
					begin 
						r_r <= 4'h0;   
						b_r <= 4'h0;
						g_r <= 4'h0;
					end	
				end  	
		
		else if (ysync_i >= 490 && ysync_i < 495)
			begin
			      if(xsync_i >= 220 && xsync_i < 230)
		              		begin
		                  		r_r <= 4'hf;   
					      	b_r <= 4'hf;
					      	g_r <= 4'hf;
					end
				else if(xsync_i >= 360 && xsync_i < 380)
				        begin 
						r_r <= 4'h0;   
						b_r <= 4'h0;
						g_r <= 4'hf;
					end 
				else if(xsync_i >= 390 && xsync_i < 395)
				        begin 
						r_r <= 4'hf;   
						b_r <= 4'hf;
						g_r <= 4'hf;
					end
				else if(xsync_i >= 398 && xsync_i < 410)
				        begin 
						r_r <= 4'hf;   
						b_r <= 4'hf;
						g_r <= 4'hf;
					end
				else if(xsync_i >= 420 && xsync_i < 425)
				        begin 
						r_r <= 4'hf;   
						b_r <= 4'hf;
						g_r <= 4'hf;
					end
				else if(xsync_i >= 435 && xsync_i < 440)
				        begin 
						r_r <= 4'hf;   
						b_r <= 4'hf;
						g_r <= 4'hf;
					end
				else if(xsync_i >= 450 && xsync_i < 455)
				        begin 
						r_r <= 4'hf;   
						b_r <= 4'hf;
						g_r <= 4'hf;
					end
				else if(xsync_i >= 465 && xsync_i < 470)
				        begin 
						r_r <= 4'hf;   
						b_r <= 4'hf;
						g_r <= 4'hf;
					end
				else if(xsync_i >= 480 && xsync_i < 500)
				        begin 
						r_r <= 4'hf;   
						b_r <= 4'hf;
						g_r <= 4'hf;
					end
				else if(xsync_i >= 700 && xsync_i < 710)
				      	begin
				        	r_r <= 4'hf;   
					    	b_r <= 4'hf;
					    	g_r <= 4'hf;
					end
				else 
					begin 
						r_r <= 4'h0;   
						b_r <= 4'h0;
						g_r <= 4'h0;
					end	
				end  	
				
		else if (ysync_i >= 490 && ysync_i < 514)
			begin
				if(xsync_i >= 220 && xsync_i < 230)
		              		begin
		                  		r_r <= 4'hf;   
					      	b_r <= 4'hf;
					      	g_r <= 4'hf;
					end
				else if(xsync_i >= 700 && xsync_i < 710)
				      	begin
				        	r_r <= 4'hf;   
					    	b_r <= 4'hf;
					    	g_r <= 4'hf;
					end
				else 
					begin 
						r_r <= 4'h0;   
						b_r <= 4'h0;
						g_r <= 4'h0;
					end	
				end  
		end   
         
    assign r_i = (xsync_i > 144 && xsync_i <= 783 && ysync_i > 35 && ysync_i <= 514) ? r_r : 4'h0;
	assign b_i = (xsync_i > 144 && xsync_i <= 783 && ysync_i > 35 && ysync_i <= 514) ? b_r : 4'h0;
	assign g_i = (xsync_i > 144 && xsync_i <= 783 && ysync_i > 35 && ysync_i <= 514) ? g_r : 4'h0;
  
endmodule